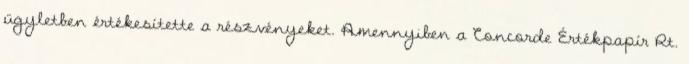
ügyletben értékesítette a részvényeket. Amennyiben a Concorde Értékpapír Rt.